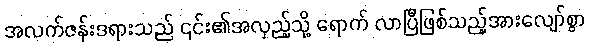
အလက်ဇန်းဒရားသည် ၎င်း၏အလှည့်သို့ ရောက် လာပြီဖြစ်သည့်အားလျော်စွာ